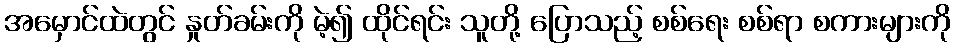
အမှောင်ထဲတွင် နှုတ်ခမ်းကို မဲ့၍ ထိုင်ရင်း သူတို့ ပြောသည့် စစ်ရေး စစ်ရာ စကားများကို